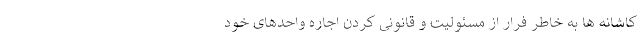
کاشانه ها به خاطر فرار از مسئولیت و قانونی کردن اجاره واحدهای خود